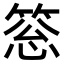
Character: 𥮨